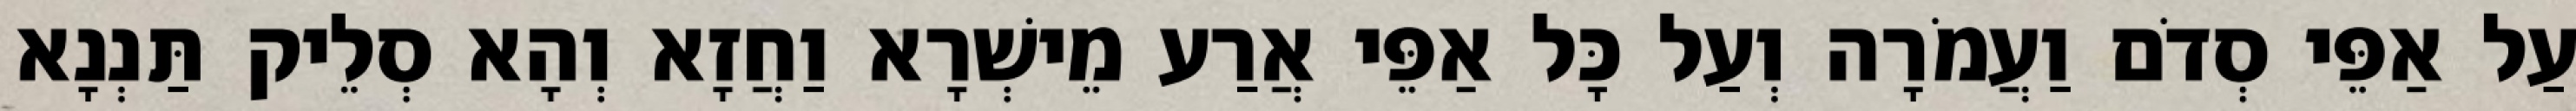
עַל אַפֵּי סְדֹם וַעֲמֹרָה וְעַל כָּל אַפֵּי אֲרַע מֵישְׁרָא וַחֲזָא וְהָא סְלֵיק תַּנְנָא